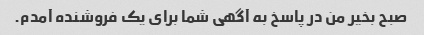
صبح بخیر من در پاسخ به آگهی شما برای یک فروشنده آمدم.